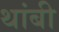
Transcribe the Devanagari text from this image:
थांबी